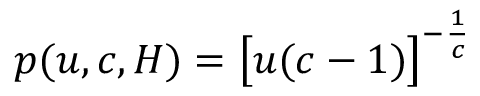
p ( u , c , H ) = \big [ u ( c - 1 ) \big ] ^ { - \frac { 1 } { c } }